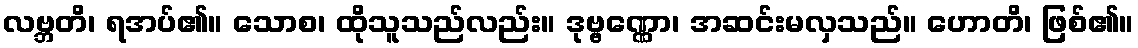
လဗ္ဘတိ၊ ရအပ်၏။ သောစ၊ ထိုသူသည်လည်း။ ဒုဗ္ဗဏ္ဏော၊ အဆင်းမလှသည်။ ဟောတိ၊ ဖြစ်၏။